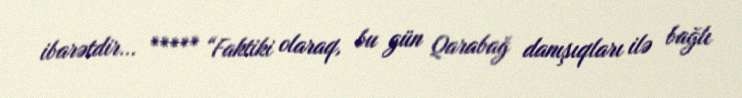
ibarətdir... ***** “Faktiki olaraq, bu gün Qarabağ danışıqları ilə bağlı